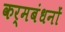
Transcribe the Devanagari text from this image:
कर्मबंधनों